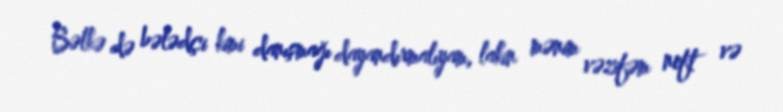
Bəlkə də bələdçi kimi danışmağı dayandırmalıyam, lakin mənim vəzifəm neft və